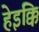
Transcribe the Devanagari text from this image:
हेइक्कि